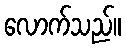
လောက်သည်။